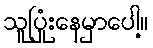
သူပြုံးနေမှာပေါ့။